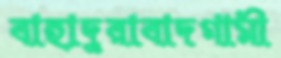
বাহাদুরাবাদগামী